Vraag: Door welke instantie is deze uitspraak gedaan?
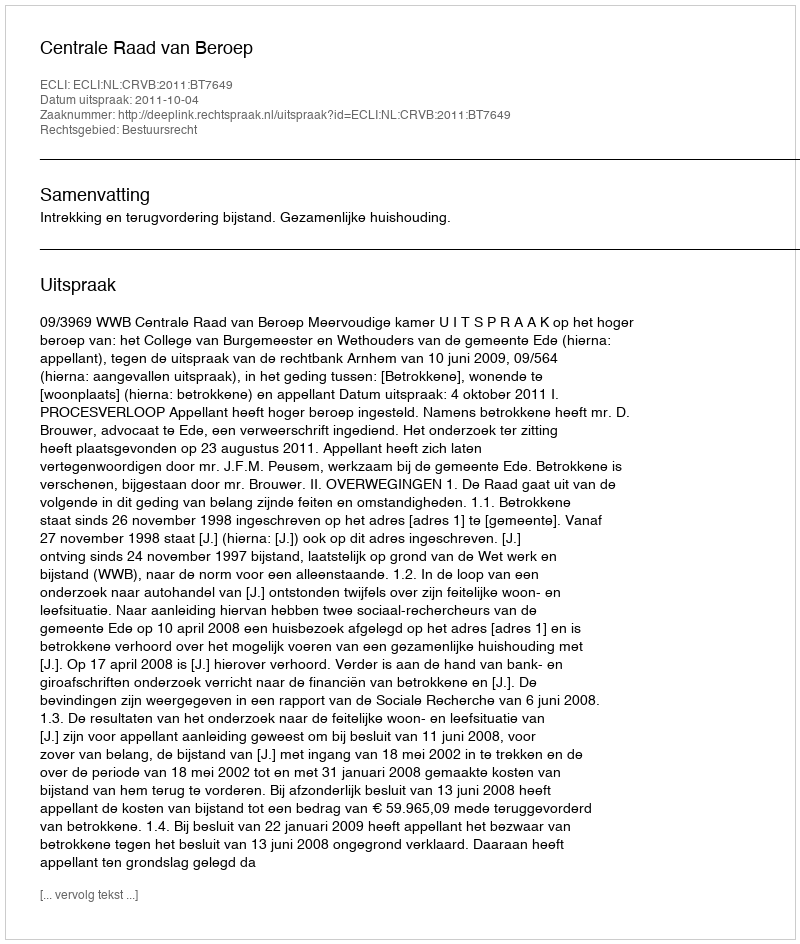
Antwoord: Centrale Raad van Beroep